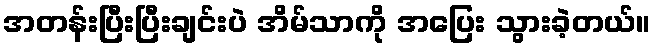
အတန်းပြီးပြီးချင်းပဲ အိမ်သာကို အပြေး သွားခဲ့တယ်။